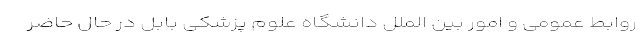
روابط‌ عمومی و امور بین ‌الملل دانشگاه علوم پزشکی بابل در حال حاضر